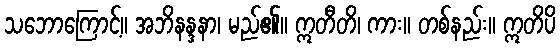
သဘောကြောင့်။ အဘိနန္ဒနာ၊ မည်၏။ ဣတီတိ၊ ကား။ တစ်နည်း။ ဣတိပိ